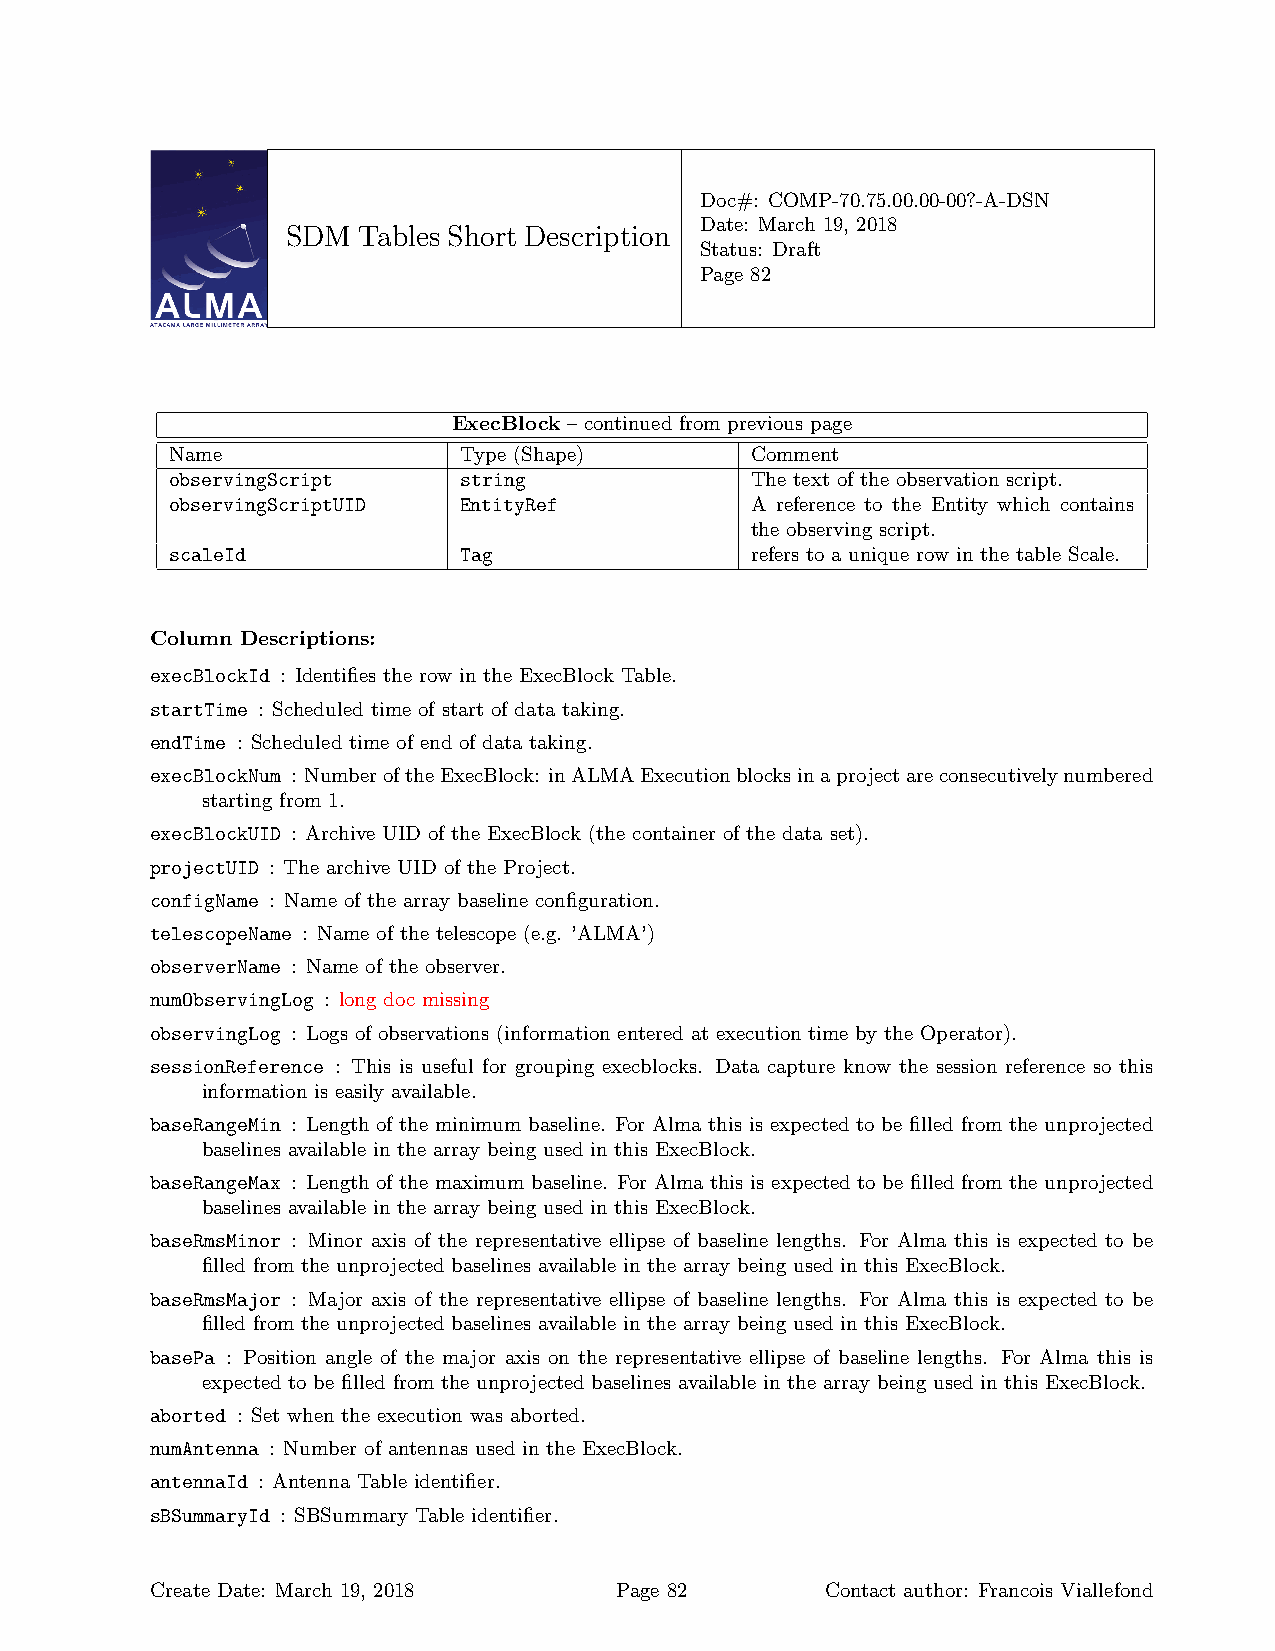
Doc#: COMP-70.75.00.00-00?-A-DSN
 Date: March 19, 2018
 SDM  Tables Short Description
 Status: Draft
 Page 82
 ExecBlock – continued from previous page
 Name               Type (Shape)        Comment
 observingScript    string              The text of the observation script.
 observingScriptUID EntityRef           A reference to the Entity which contains
 the observing script.
 scaleId            Tag                 refers to a unique row in the table Scale.
 Column Descriptions:
 execBlockId : Identifies the row in the ExecBlock Table.
 startTime : Scheduled time of start of data taking.
 endTime : Scheduled time of end of data taking.
 execBlockNum : NumberoftheExecBlock: inALMAExecutionblocksinaprojectareconsecutivelynumbered
 starting from 1.
 execBlockUID : Archive UID of the ExecBlock (the container of the data set).
 projectUID : The archive UID of the Project.
 configName : Name of the array baseline configuration.
 telescopeName : Name of the telescope (e.g. ’ALMA’)
 observerName : Name of the observer.
 numObservingLog : long doc missing
 observingLog : Logs of observations (information entered at execution time by the Operator).
 sessionReference : This is useful for grouping execblocks. Data capture know the session reference so this
 information is easily available.
 baseRangeMin : Length of the minimum baseline. For Alma this is expected to be filled from the unprojected
 baselines available in the array being used in this ExecBlock.
 baseRangeMax : Length of the maximum baseline. For Alma this is expected to be filled from the unprojected
 baselines available in the array being used in this ExecBlock.
 baseRmsMinor : Minor axis of the representative ellipse of baseline lengths. For Alma this is expected to be
 filled from the unprojected baselines available in the array being used in this ExecBlock.
 baseRmsMajor : Major axis of the representative ellipse of baseline lengths. For Alma this is expected to be
 filled from the unprojected baselines available in the array being used in this ExecBlock.
 basePa : Position angle of the major axis on the representative ellipse of baseline lengths. For Alma this is
 expected to be filled from the unprojected baselines available in the array being used in this ExecBlock.
 aborted : Set when the execution was aborted.
 numAntenna : Number of antennas used in the ExecBlock.
 antennaId : Antenna Table identifier.
 sBSummaryId : SBSummary Table identifier.
 Create Date: March 19, 2018    Page 82       Contact author: Francois Viallefond